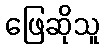
ဖြေဆိုသူ